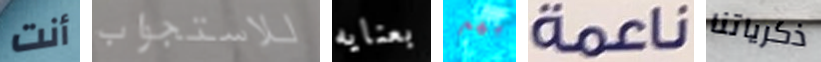
أنت للاستجواب بعنايه بهم ناعمة ذكرياتنا